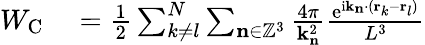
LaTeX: \begin{array}{rl}{W_{\mathrm{C}}}&{{}=\frac{1}{2}\sum_{k\neq l}^{N}\sum_{\mathbf{n}\in\mathbb{Z}^{3}}\frac{4\pi}{\mathbf{k}_{\mathbf{n}}^{2}}\frac{\mathrm{e}^{\mathrm{i}\mathbf{k}_{\mathbf{n}}\cdot(\mathbf{r}_{k}-\mathbf{r}_{l})}}{L^{3}}}\end{array}